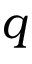
q